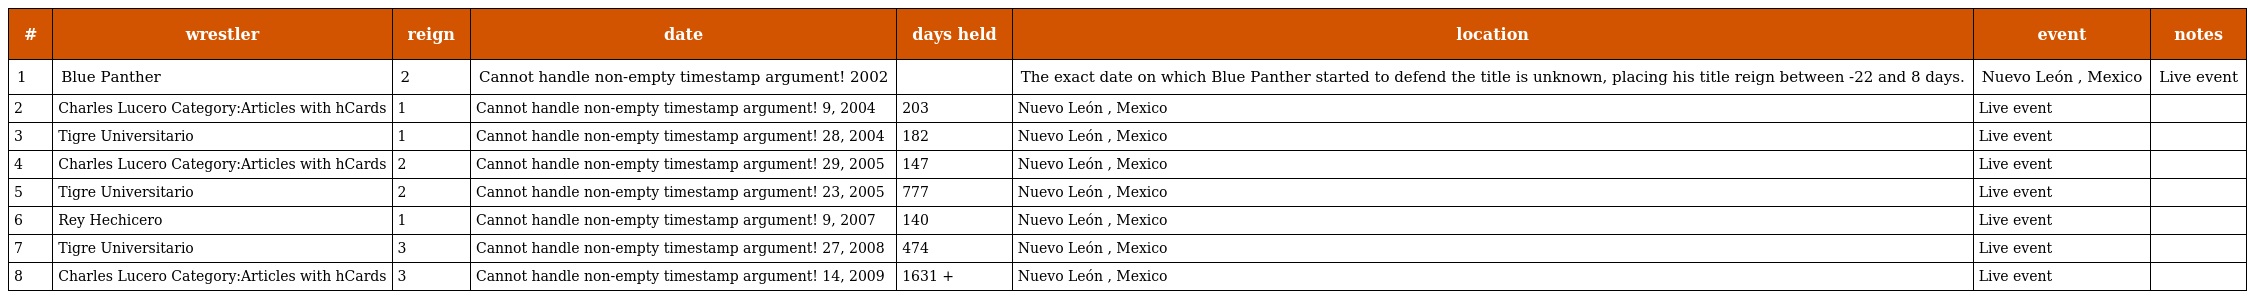
| # | wrestler | reign | date | days held | location | event | notes |
 | --- | --- | --- | --- | --- | --- | --- | --- |
 | 1 | Blue Panther | 2 | Cannot handle non-empty timestamp argument! 2002 |  | The exact date on which Blue Panther started to defend the title is unknown, placing his title reign between -22 and 8 days. | Nuevo León , Mexico | Live event |
 | 2 | Charles Lucero Category:Articles with hCards | 1 | Cannot handle non-empty timestamp argument! 9, 2004 | 203 | Nuevo León , Mexico | Live event |  |
 | 3 | Tigre Universitario | 1 | Cannot handle non-empty timestamp argument! 28, 2004 | 182 | Nuevo León , Mexico | Live event |  |
 | 4 | Charles Lucero Category:Articles with hCards | 2 | Cannot handle non-empty timestamp argument! 29, 2005 | 147 | Nuevo León , Mexico | Live event |  |
 | 5 | Tigre Universitario | 2 | Cannot handle non-empty timestamp argument! 23, 2005 | 777 | Nuevo León , Mexico | Live event |  |
 | 6 | Rey Hechicero | 1 | Cannot handle non-empty timestamp argument! 9, 2007 | 140 | Nuevo León , Mexico | Live event |  |
 | 7 | Tigre Universitario | 3 | Cannot handle non-empty timestamp argument! 27, 2008 | 474 | Nuevo León , Mexico | Live event |  |
 | 8 | Charles Lucero Category:Articles with hCards | 3 | Cannot handle non-empty timestamp argument! 14, 2009 | 1631 + | Nuevo León , Mexico | Live event |  |